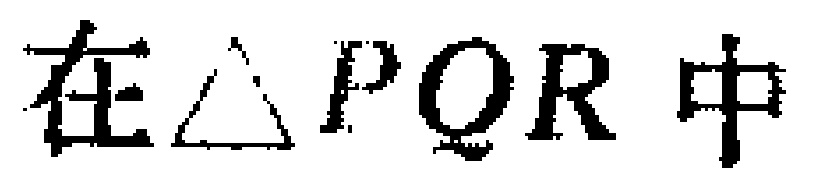
在$\triangle PQR$中